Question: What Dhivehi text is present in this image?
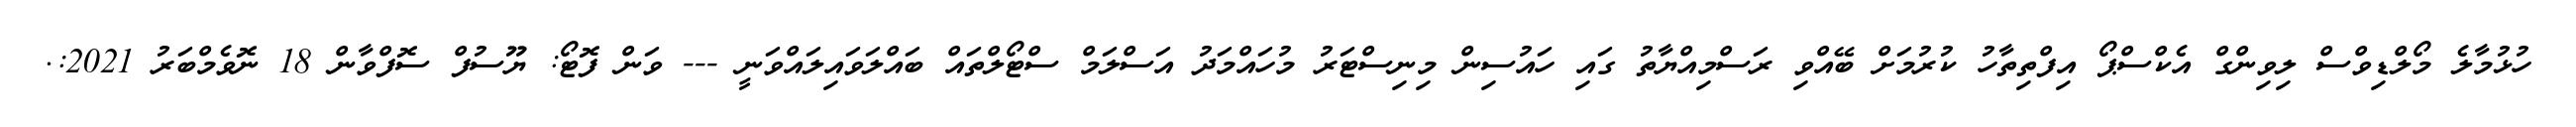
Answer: ހުޅުމާލެ މޯލްޑިވްސް ލިވިންގް އެކްސްޕޯ އިފްތިތާހު ކުރުމަށް ބޭއްވި ރަސްމިއްޔާތު ގައި ހައުސިން މިނިސްޓަރު މުހައްމަދު އަސްލަމް ސްޓޯލްތައް ބައްލަވައިލައްވަނީ --- ވަން ފޮޓޯ: ޔޫސުފް ސޮފްވާން 18 ނޮވެމްބަރު 2021:.